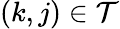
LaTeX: (k,j)\in\mathcal{T}